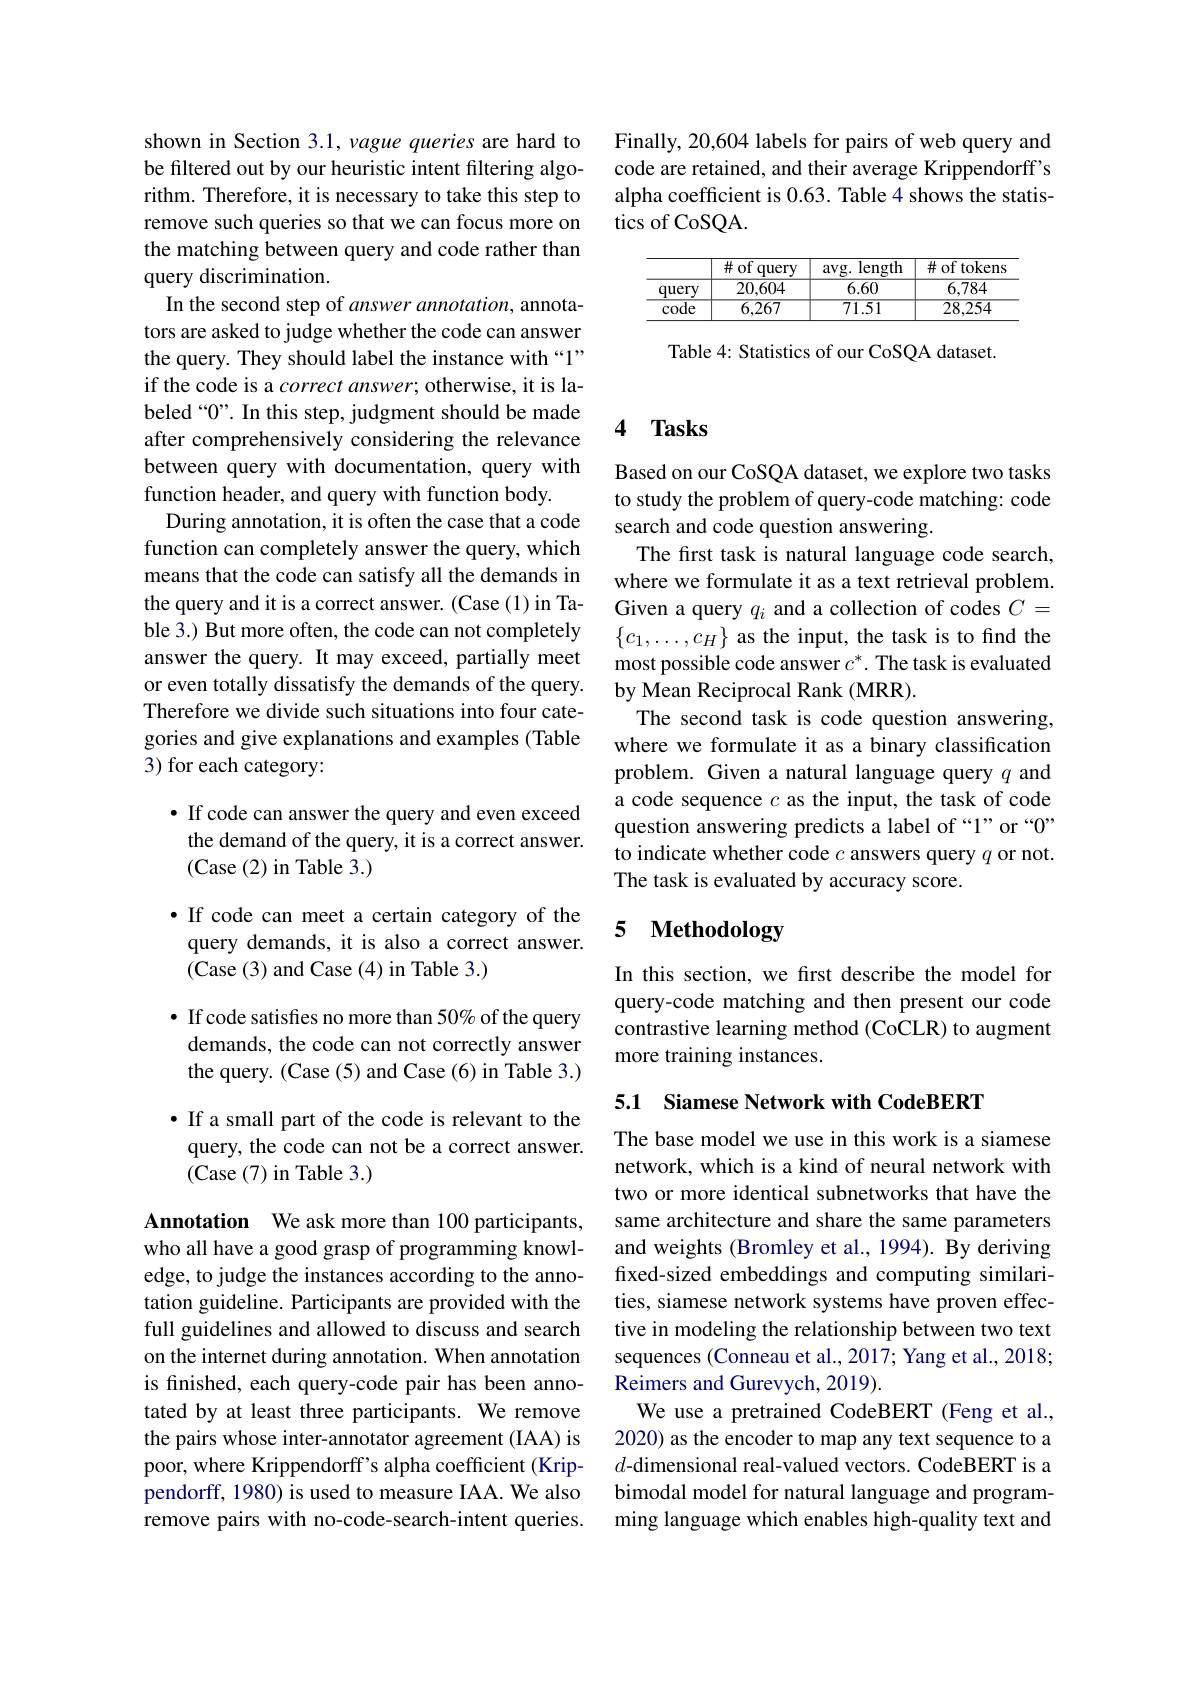
Finally, 20,604 labels for pairs of web query and code are retained, and their average Krippendorff's alpha coefficient is 0.63. Table 4 shows the statistics of CoSQA.

<table>
	<tbody>
		<tr>
			<th> </th>
			<th>$\#$of query</th>
			<th>length $avg.$ </th>
			<th>$\#$ of tokens</th>
		</tr>
		<tr>
			<td>juerv 1</td>
			<td>20,604</td>
			<td>6.60</td>
			<td>6,784</td>
		</tr>
		<tr>
			<td>code</td>
			<td>6,267</td>
			<td>71.51</td>
			<td>28,254</td>
		</tr>
	</tbody>
</table>

Table 4: Statistics of our CoSQA dataset.

shown in Section 3.1, vague queries are hard to be filtered out by our heuristic intent filtering algorithm. Therefore, it is necessary to take this step to remove such queries so that we can focus more on the matching between query and code rather than query discrimination.
In the second step of answer annotation, annotators are asked to judge whether the code can answer the query. They should label the instance with “1” if the code is a correct answer; otherwise, it is labeled“0”. In this step, judgment should be made after comprehensively considering the relevance between query with documentation, query with function header, and query with function body.
During annotation, it is often the case that a code function can completely answer the query, which means that the code can satisfy all the demands in the query and it is a correct answer. (Case (1) in Table 3.) But more often, the code can not completely answer the query. It may exceed, partially meet or even totally dissatisfy the demands of the query. Therefore we divide such situations into four categories and give explanations and examples (Table 3) for each category:

## · If code can answer the query and even exceed the demand of the query, it is a correct answer. (Case (2) in Table 3.)

$\bullet$ If code can meet a certain category of the query demands, it is also a correct answer. (Case (3) and Case (4) in Table 3.)

· If code satisfies no more than 50% of the query
demands, the code can not correctly answer the query. (Case (5) and Case (6) in Table 3.)

$\bullet$ If a small part of the code is relevant to the query, the code can not be a correct answer. (Case (7) in Table 3.)

Annotation We ask more than 100 participants, who all have a good grasp of programming knowledge, to judge the instances according to the annotation guideline. Participants are provided with the full guidelines and allowed to discuss and search on the internet during annotation. When annotation is finished, each query-code pair has been annotated by at least three participants. We remove the pairs whose inter-annotator agreement (IAA) is poor, where Krippendorff's alpha coefficient (Krippendorff, 1980) is used to measure IAA. We also remove pairs with no-code-search-intent queries.

## 4 $\mathbf{Tasks}$

Based on our CoSQA dataset, we explore two tasks to study the problem of query-code matching: code search and code question answering.
The first task is natural language code search, where we formulate it as a text retrieval problem. Given a query $q_i$ and a collection of codes $C=$ $\{c_1,\ldots,c_H\}$ as the input, the task is to find the most possible code answer $c^*.$ The task is evaluated by Mean Reciprocal Rank (MRR).
The second task is code question answering, where we formulate it as a binary classification problem. Given a natural language query $q$ and a code sequence $c$ as the input, the task of code question answering predicts a label of “1” or “0” to indicate whether code $c$ answers query $q$ or not. The task is evaluated by accuracy score.

## 5 $\textbf{Methodology}$

In this section, we first describe the model for query-code matching and then present our code contrastive learning method (CoCLR) to augment more training instances.

5.1 Siamese Network with CodeBERT

The base model we use in this work is a siamese network, which is a kind of neural network with two or more identical subnetworks that have the same architecture and share the same parameters and weights (Bromley et al., 1994). By deriving fixed-sized embeddings and computing similarities, siamese network systems have proven effective in modeling the relationship between two text sequences (Conneau et al., 2017; Yang et al., 2018; Reimers and Gurevych, 2019).
We use a pretrained CodeBERT (Feng et al., 2020) as the encoder to map any text sequence to a $d$-dimensional real-valued vectors. CodeBERT is a bimodal model for natural language and programming language which enables high-quality text and